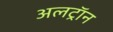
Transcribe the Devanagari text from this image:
अलट्राॅन